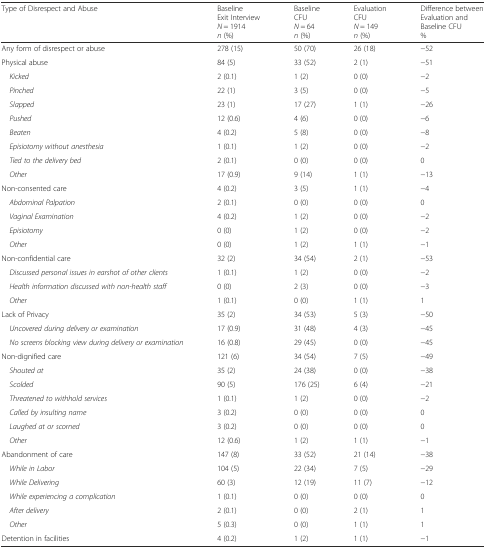
<table><thead><tr><td><b>Type of Disrespect and Abuse</b></td><td><b>BaselineExit Interview<i>N</i> = 1914<i>n</i> (%)</b></td><td><b>BaselineCFU<i>N</i> = 64<i>n</i> (%)</b></td><td><b>EvaluationCFU<i>N</i> = 149<i>n</i> (%)</b></td><td><b>Difference between Evaluation and Baseline CFU%</b></td></tr></thead><tbody><tr><td>Any form of disrespect or abuse</td><td>278 (15)</td><td>50 (70)</td><td>26 (18)</td><td>−52</td></tr><tr><td>Physical abuse</td><td>84 (5)</td><td>33 (52)</td><td>2 (1)</td><td>−51</td></tr><tr><td><i> Kicked</i></td><td>2 (0.1)</td><td>1 (2)</td><td>0 (0)</td><td>−2</td></tr><tr><td><i> Pinched</i></td><td>22 (1)</td><td>3 (5)</td><td>0 (0)</td><td>−5</td></tr><tr><td><i> Slapped</i></td><td>23 (1)</td><td>17 (27)</td><td>1 (1)</td><td>−26</td></tr><tr><td><i> Pushed</i></td><td>12 (0.6)</td><td>4 (6)</td><td>0 (0)</td><td>−6</td></tr><tr><td><i> Beaten</i></td><td>4 (0.2)</td><td>5 (8)</td><td>0 (0)</td><td>−8</td></tr><tr><td><i> Episiotomy without anesthesia</i></td><td>1 (0.1)</td><td>1 (2)</td><td>0 (0)</td><td>−2</td></tr><tr><td><i> Tied to the delivery bed</i></td><td>2 (0.1)</td><td>0 (0)</td><td>0 (0)</td><td>0</td></tr><tr><td><i> Other</i></td><td>17 (0.9)</td><td>9 (14)</td><td>1 (1)</td><td>−13</td></tr><tr><td>Non-consented care</td><td>4 (0.2)</td><td>3 (5)</td><td>1 (1)</td><td>−4</td></tr><tr><td><i> Abdominal Palpation</i></td><td>2 (0.1)</td><td>0 (0)</td><td>0 (0)</td><td>0</td></tr><tr><td><i> Vaginal Examination</i></td><td>4 (0.2)</td><td>1 (2)</td><td>0 (0)</td><td>−2</td></tr><tr><td><i> Episiotomy</i></td><td>0 (0)</td><td>1 (2)</td><td>0 (0)</td><td>−2</td></tr><tr><td><i> Other</i></td><td>0 (0)</td><td>1 (2)</td><td>1 (1)</td><td>−1</td></tr><tr><td>Non-confidential care</td><td>32 (2)</td><td>34 (54)</td><td>2 (1)</td><td>−53</td></tr><tr><td><i> Discussed personal issues in earshot of other clients</i></td><td>1 (0.1)</td><td>1 (2)</td><td>0 (0)</td><td>−2</td></tr><tr><td><i> Health information discussed with non-health staff</i></td><td>0 (0)</td><td>2 (3)</td><td>0 (0)</td><td>−3</td></tr><tr><td><i> Other</i></td><td>1 (0.1)</td><td>0 (0)</td><td>1 (1)</td><td>1</td></tr><tr><td>Lack of Privacy</td><td>35 (2)</td><td>34 (53)</td><td>5 (3)</td><td>−50</td></tr><tr><td><i> Uncovered during delivery or examination</i></td><td>17 (0.9)</td><td>31 (48)</td><td>4 (3)</td><td>−45</td></tr><tr><td><i> No screens blocking view during delivery or examination</i></td><td>16 (0.8)</td><td>29 (45)</td><td>0 (0)</td><td>−45</td></tr><tr><td>Non-dignified care</td><td>121 (6)</td><td>34 (54)</td><td>7 (5)</td><td>−49</td></tr><tr><td><i> Shouted at</i></td><td>35 (2)</td><td>24 (38)</td><td>0 (0)</td><td>−38</td></tr><tr><td><i> Scolded</i></td><td>90 (5)</td><td>176 (25)</td><td>6 (4)</td><td>−21</td></tr><tr><td><i> Threatened to withhold services</i></td><td>1 (0.1)</td><td>1 (2)</td><td>0 (0)</td><td>−2</td></tr><tr><td><i> Called by insulting name</i></td><td>3 (0.2)</td><td>0 (0)</td><td>0 (0)</td><td>0</td></tr><tr><td><i> Laughed at or scorned</i></td><td>3 (0.2)</td><td>0 (0)</td><td>0 (0)</td><td>0</td></tr><tr><td><i> Other</i></td><td>12 (0.6)</td><td>1 (2)</td><td>1 (1)</td><td>−1</td></tr><tr><td>Abandonment of care</td><td>147 (8)</td><td>33 (52)</td><td>21 (14)</td><td>−38</td></tr><tr><td><i> While in Labor</i></td><td>104 (5)</td><td>22 (34)</td><td>7 (5)</td><td>−29</td></tr><tr><td><i> While Delivering</i></td><td>60 (3)</td><td>12 (19)</td><td>11 (7)</td><td>−12</td></tr><tr><td><i> While experiencing a complication</i></td><td>1 (0.1)</td><td>0 (0)</td><td>0 (0)</td><td>0</td></tr><tr><td><i> After delivery</i></td><td>2 (0.1)</td><td>0 (0)</td><td>2 (1)</td><td>1</td></tr><tr><td><i> Other</i></td><td>5 (0.3)</td><td>0 (0)</td><td>1 (1)</td><td>1</td></tr><tr><td>Detention in facilities</td><td>4 (0.2)</td><td>1 (2)</td><td>1 (1)</td><td>−1</td></tr></tbody></table>